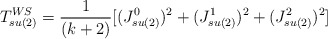
\begin{align*}T_{su(2)}^{WS}={1\over(k+2)}[(J_{su(2)}^0)^{2}+(J_{su(2)}^{1})^{2}+(J_{su(2)}^{2}) ^{2}]\end{align*}